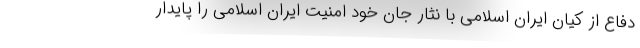
دفاع از کیان ایران اسلامی با نثار جان خود امنیت ایران اسلامی را پایدار